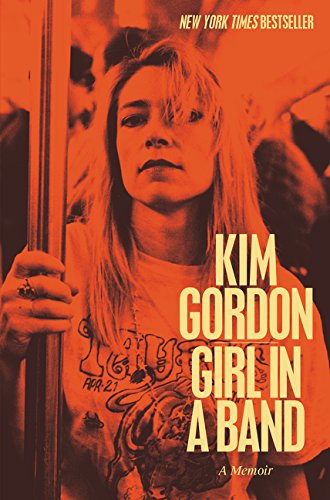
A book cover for Girl in a Band: A Memoir; Kim Gordon; Humor & Entertainment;